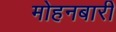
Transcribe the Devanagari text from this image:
मोहनबारी